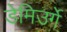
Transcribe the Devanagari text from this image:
डेमिउर्गे